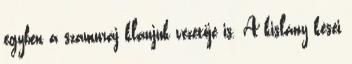
egyben a szamuráj klánjuk vezetője is. A kislány kései